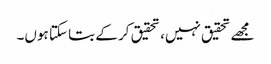
مجھے تحقیق نہیں، تحقیق کر کے بتا سکتا ہوں۔